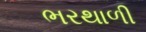
ભરથાળી